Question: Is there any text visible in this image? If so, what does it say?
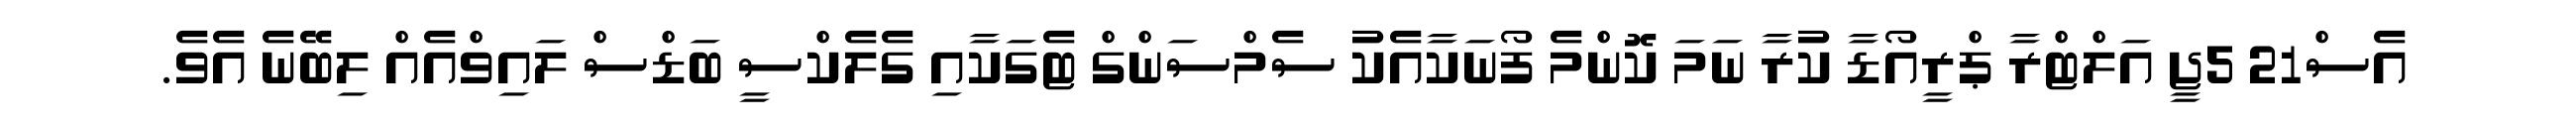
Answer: އެސް21 5ޖީ އަލްޓްރާ ޕްރީއޯޑާ ކުރާ ނަމަ ކޮންމެ ފޯނަކާއެކު ސެމްސަންގް ޓެގަކާއި ގެލެކްސީ ބަޑްސް ލައިވްއެއް ލިބޭނެ އެވެ.